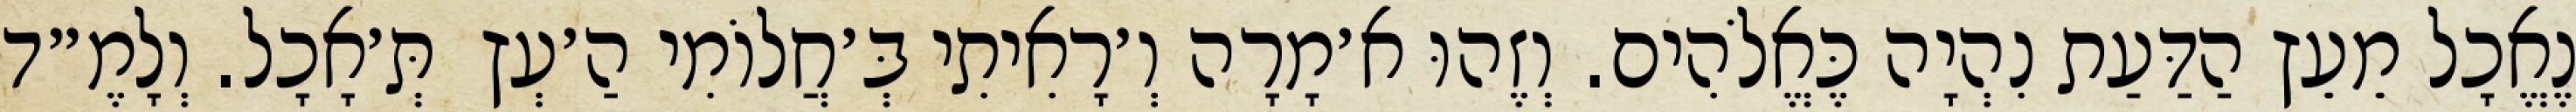
נֶאֱכָל מֵעֵץ הַדַּעַת נִהְיָה כֶּאֱלֹהִים. וְזֶהוּ א׳מָרָה וְ׳רָאִיתִי בְּ׳חֲלוֹמִי הַ׳עְץ  תְּ׳אָכָל. וְלָמֶ״ד